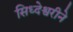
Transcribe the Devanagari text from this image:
सिध्देश्वरीने